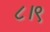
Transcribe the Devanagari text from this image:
८।९